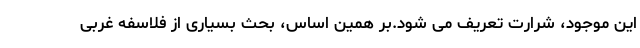
این موجود، شرارت تعریف می شود.بر همین اساس، بحث بسیاری از فلاسفه غربی